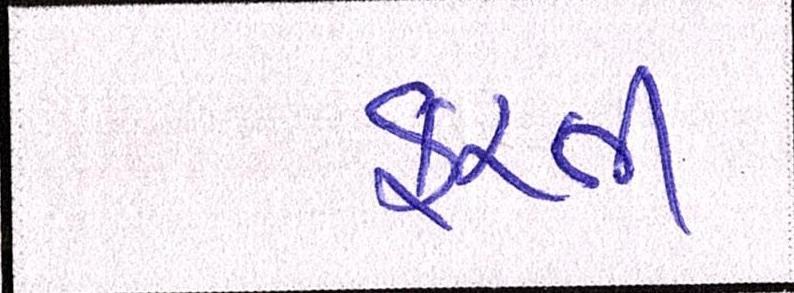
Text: ફરતી